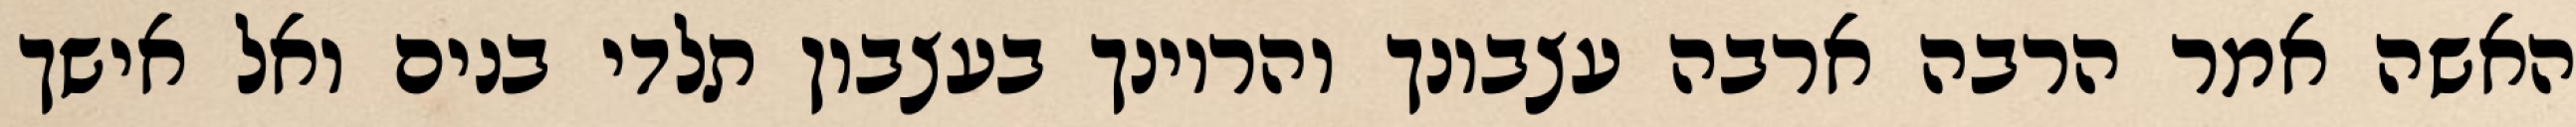
האשה אמר הרבה ארבה עצבונך והריונך בעצבון תלדי בנים ואל אישך